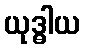
ယုဒ္ဓါယ